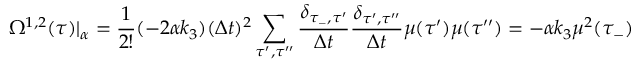
\Omega ^ { 1 , 2 } ( \tau ) | _ { \alpha } = \frac { 1 } { 2 ! } ( - 2 \alpha k _ { 3 } ) ( \Delta t ) ^ { 2 } \sum _ { \tau ^ { \prime } , \tau ^ { \prime \prime } } \frac { \delta _ { \tau _ { - } , \tau ^ { \prime } } } { \Delta t } \frac { \delta _ { \tau ^ { \prime } , \tau ^ { \prime \prime } } } { \Delta t } \mu ( \tau ^ { \prime } ) \mu ( \tau ^ { \prime \prime } ) = - \alpha k _ { 3 } \mu ^ { 2 } ( \tau _ { - } )